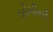
બોગીની